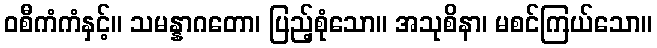
ဝစီကံကံနှင့်။ သမန္နာဂတော၊ ပြည့်စုံသော။ အသုစိနာ၊ မစင်ကြယ်သော။